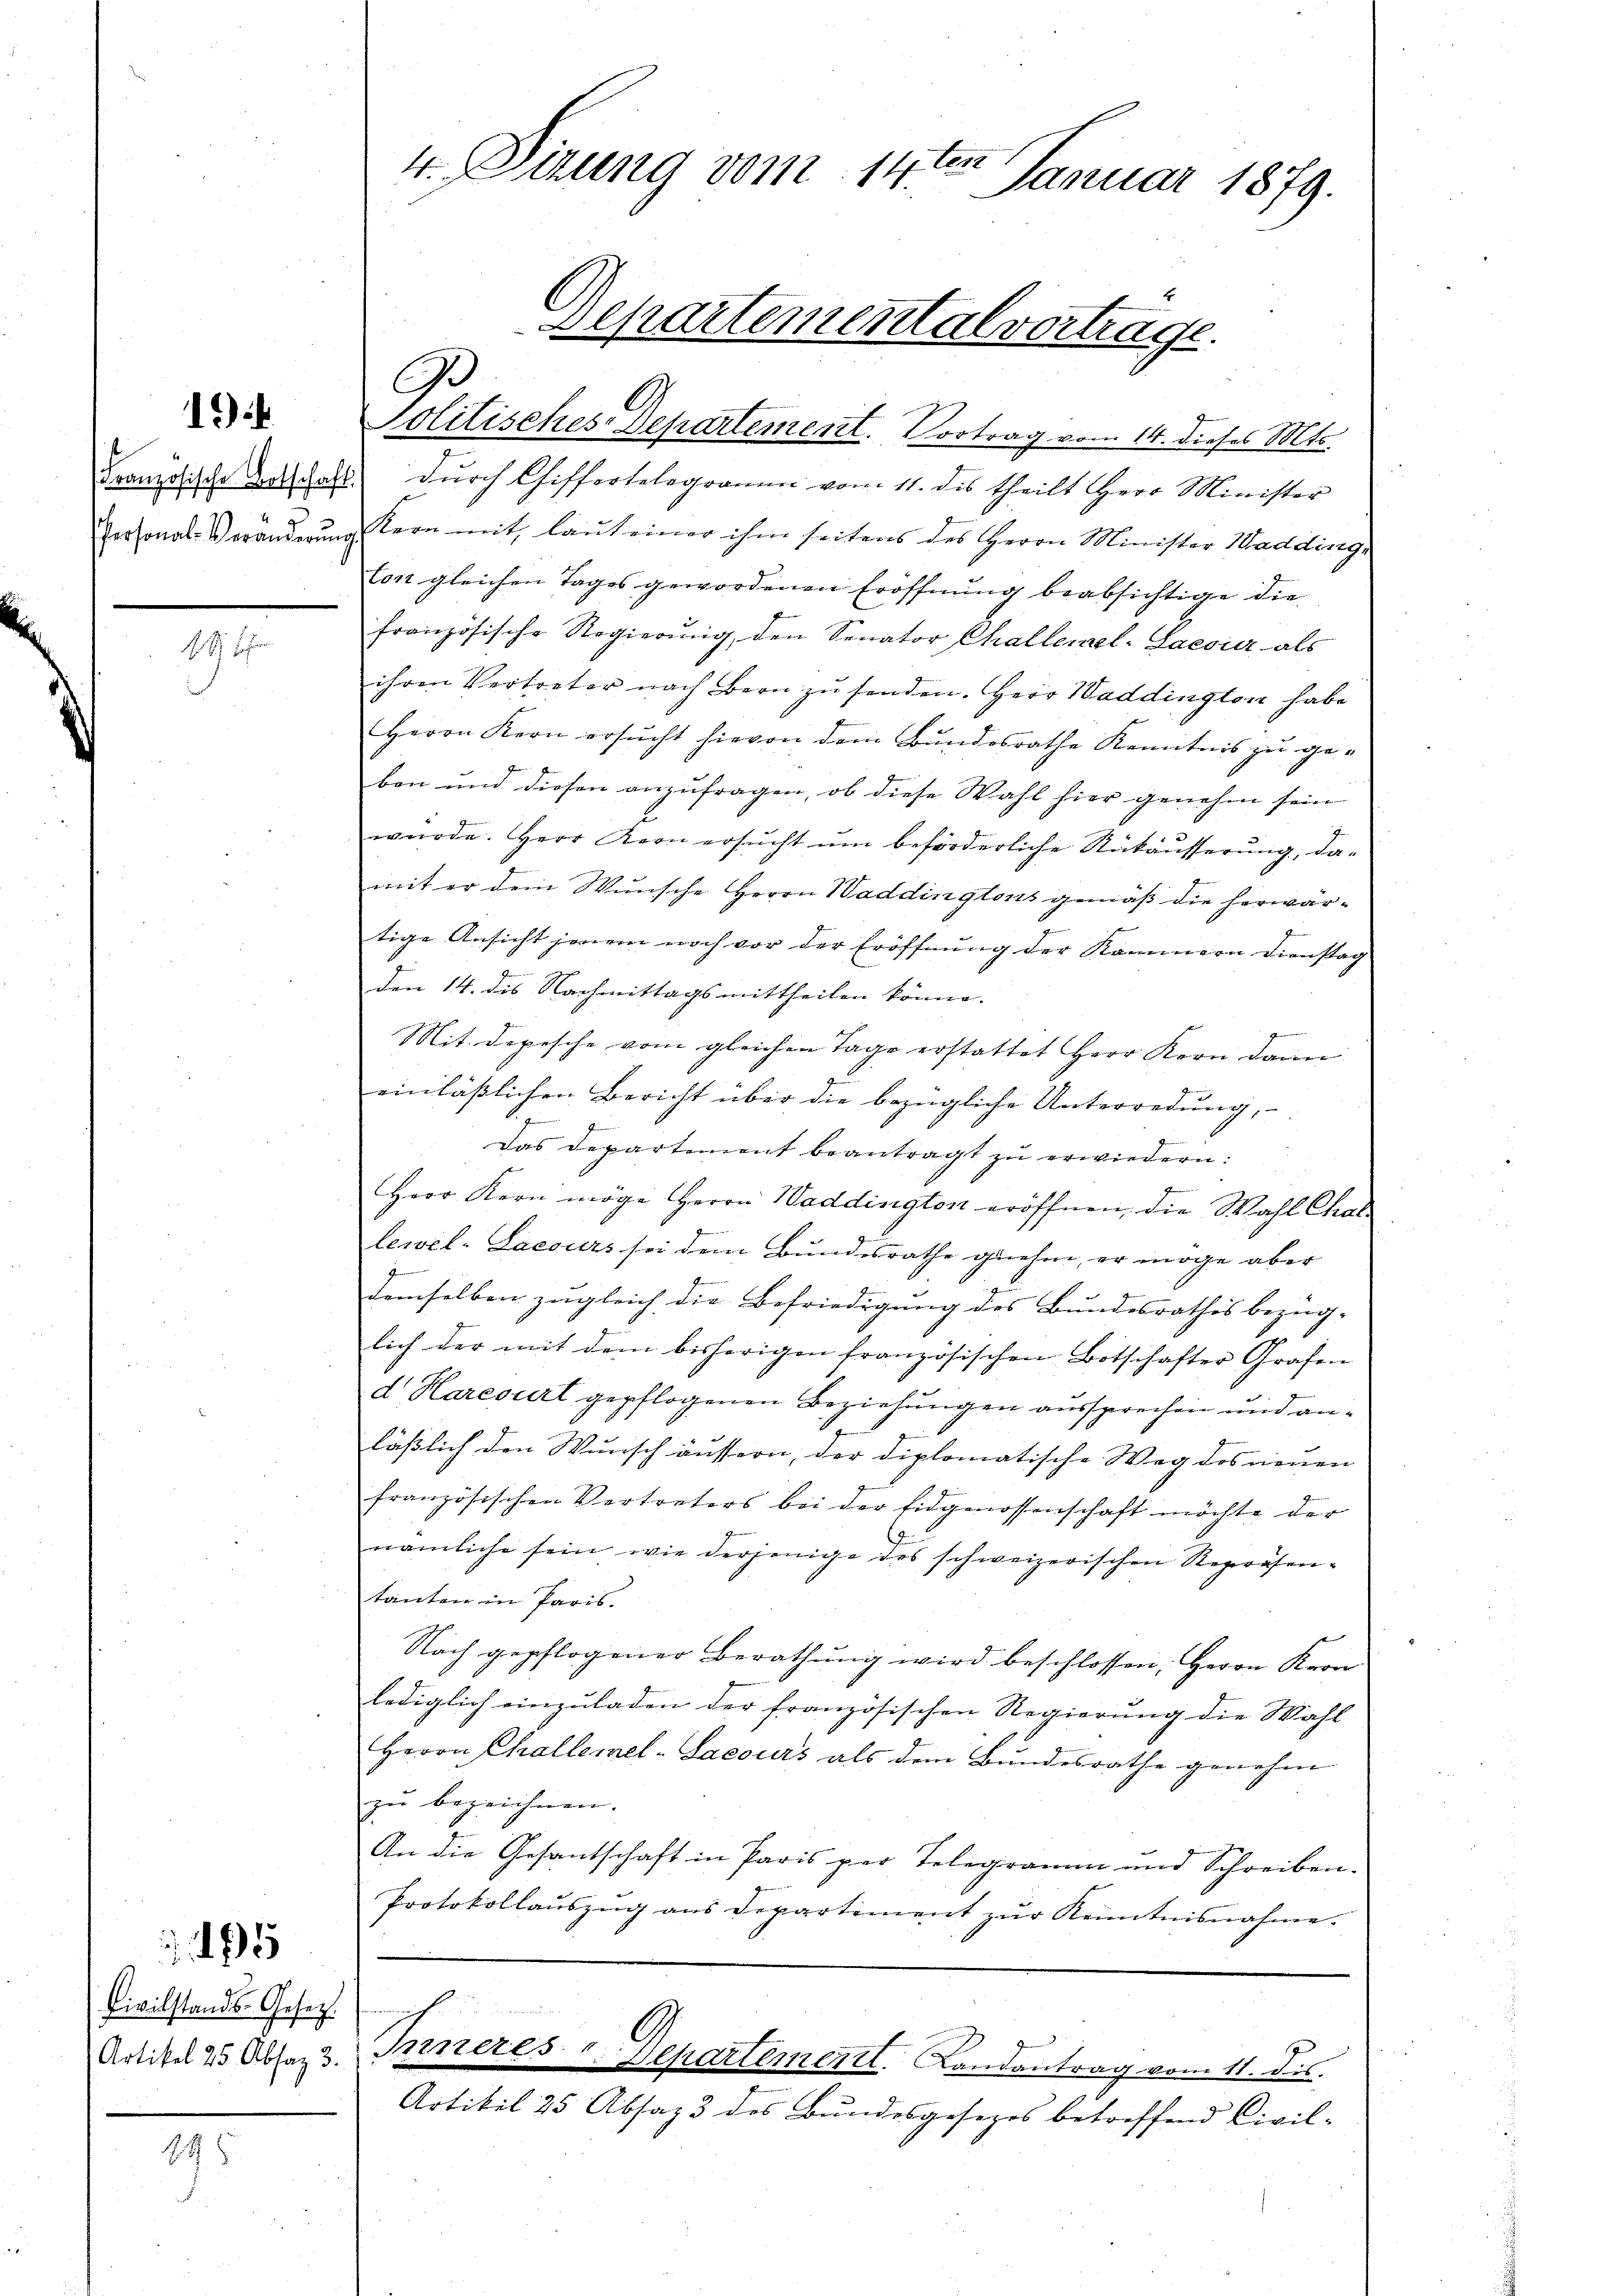
194

1 S.

Civilstands-Gesetzt.
Artikel 25. Absaz 3.

5

148

4. Sizung vom 14ten Januar 1879.

Departementalvertrage.
3

politisches Departement. Vortrag vom 14. dieses Mts.
Französische Botschalt dŭrch Chiffertelegramm vom 11. des theilt Herr Minister
Personal-Veränderung stern mit laut einer ihm seitens des Herrn Minister Madding¬
Con gleichen Tages gewordenen Eröffnung beabsichtige die
französische Regierŭng, den Senator Challerel-Laesi, als
ihren Vertreter nach Bern zŭ senden. Herr Haddington habe
Herrn Kern ersŭcht hievon dem Bŭndesrathe Kenntnis zu geben und diesen anzufragen, ob diese Wahl hier genehm sein
würde. Herr Kern ersŭcht ŭm beförderliche Rückäŭsserŭng, da-
mit er dem Wunsche Herrn Waddingtonis gemäß die herwärtige Ansicht jenem noch vor der Eröffnung der Kammern Dienstag
Den 14. des Nachmittagsmittheilen könne. |
e
Mit. Depesche vom gleichen Tage erstattet Herr Kern dann
einläßlichen Bericht über die bezügliche Unterredung,
Das Departement beantragt zu erwiedern:
Herr Kern möge Herrn Waddington eröffnen, die Wahl Challewel-Lacours sei dem Bundesrathe genehm, er möge aber
demselben zugleich die Befriedigung des Bundesrathes bezüg-
lich der mit dem bisherigen französischen Botschafter Grafen
d Harcourt gepflogenen Beziehungen aussprechen und anläßlich den Wunsch äussern, der diplomatische Weg des neuen
französischen Vertreters bei der Eidgenossenschaft möchte der
nämliche sein, wie derjenige des schweizerischen Repräsen-
tanten in Paris.
Nach gepflogener Berathung wird beschlossen, Herrn Kron
lediglich einzuladen der französischen Regierung die Wahl
Herrn Challemel-Sacours als dem Bundesrathe genehm
zu bezeichnen.
An die Gesantschaft in Paris per Telegramm und Schreiben¬
Protokollaŭszŭg ans Departement zŭr Kenntnisnahme.
Inneres Departement. Landantrag vom 11. dis.
Artikel 25 Absaz 3 des Bundesgesezes betreffend Civil-